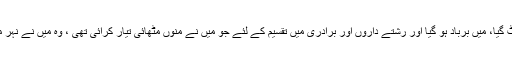
میرا سب کچھ لٹ گیا، میں برباد ہو گیا اور رشتے داروں اور برادری میں تقسیم کے لئے جو میں نے منوں مٹھائی تیار کرائی تھی ، وہ میں نے نہر میں پھینکوا دی ۔